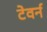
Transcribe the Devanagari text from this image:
टेवर्न